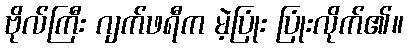
ဗိုလ်ကြီး ဂျက်ဖရီက မဲ့ပြုံး ပြုံးလိုက်၏။